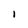
Character: l